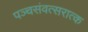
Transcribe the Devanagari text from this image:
पञ्चसंवत्सरात्क